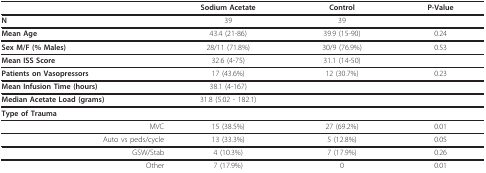
<table><thead><tr><td></td><td><b>Sodium Acetate</b></td><td><b>Control</b></td><td><b>P-Value</b></td></tr></thead><tbody><tr><td><b>N</b></td><td>39</td><td>39</td><td></td></tr><tr><td><b>Mean Age</b></td><td>43.4 (21-86)</td><td>39.9 (15-90)</td><td>0.24</td></tr><tr><td><b>Sex M/F (% Males)</b></td><td>28/11 (71.8%)</td><td>30/9 (76.9%)</td><td>0.53</td></tr><tr><td><b>Mean ISS Score</b></td><td>32.6 (4-75)</td><td>31.1 (14-50)</td><td></td></tr><tr><td><b>Patients on Vasopressors</b></td><td>17 (43.6%)</td><td>12 (30.7%)</td><td>0.23</td></tr><tr><td><b>Mean Infusion Time (hours)</b></td><td>38.1 (4-167)</td><td></td><td></td></tr><tr><td><b>Median Acetate Load (grams)</b></td><td>31.8 (5.02 - 182.1)</td><td></td><td></td></tr><tr><td><b>Type of Trauma</b></td><td></td><td></td><td></td></tr><tr><td>MVC</td><td>15 (38.5%)</td><td>27 (69.2%)</td><td>0.01</td></tr><tr><td>Auto vs peds/cycle</td><td>13 (33.3%)</td><td>5 (12.8%)</td><td>0.05</td></tr><tr><td>GSW/Stab</td><td>4 (10.3%)</td><td>7 (17.9%)</td><td>0.26</td></tr><tr><td>Other</td><td>7 (17.9%)</td><td>0</td><td>0.01</td></tr></tbody></table>